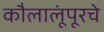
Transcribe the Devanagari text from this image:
कौलालूंपूरचे